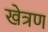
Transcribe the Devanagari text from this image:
खेत्रण